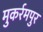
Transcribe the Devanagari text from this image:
मुकर्रमपुर